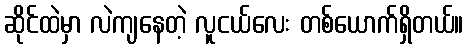
ဆိုင်ထဲမှာ လဲကျနေတဲ့ လူငယ်လေး တစ်ယောက်ရှိတယ်။